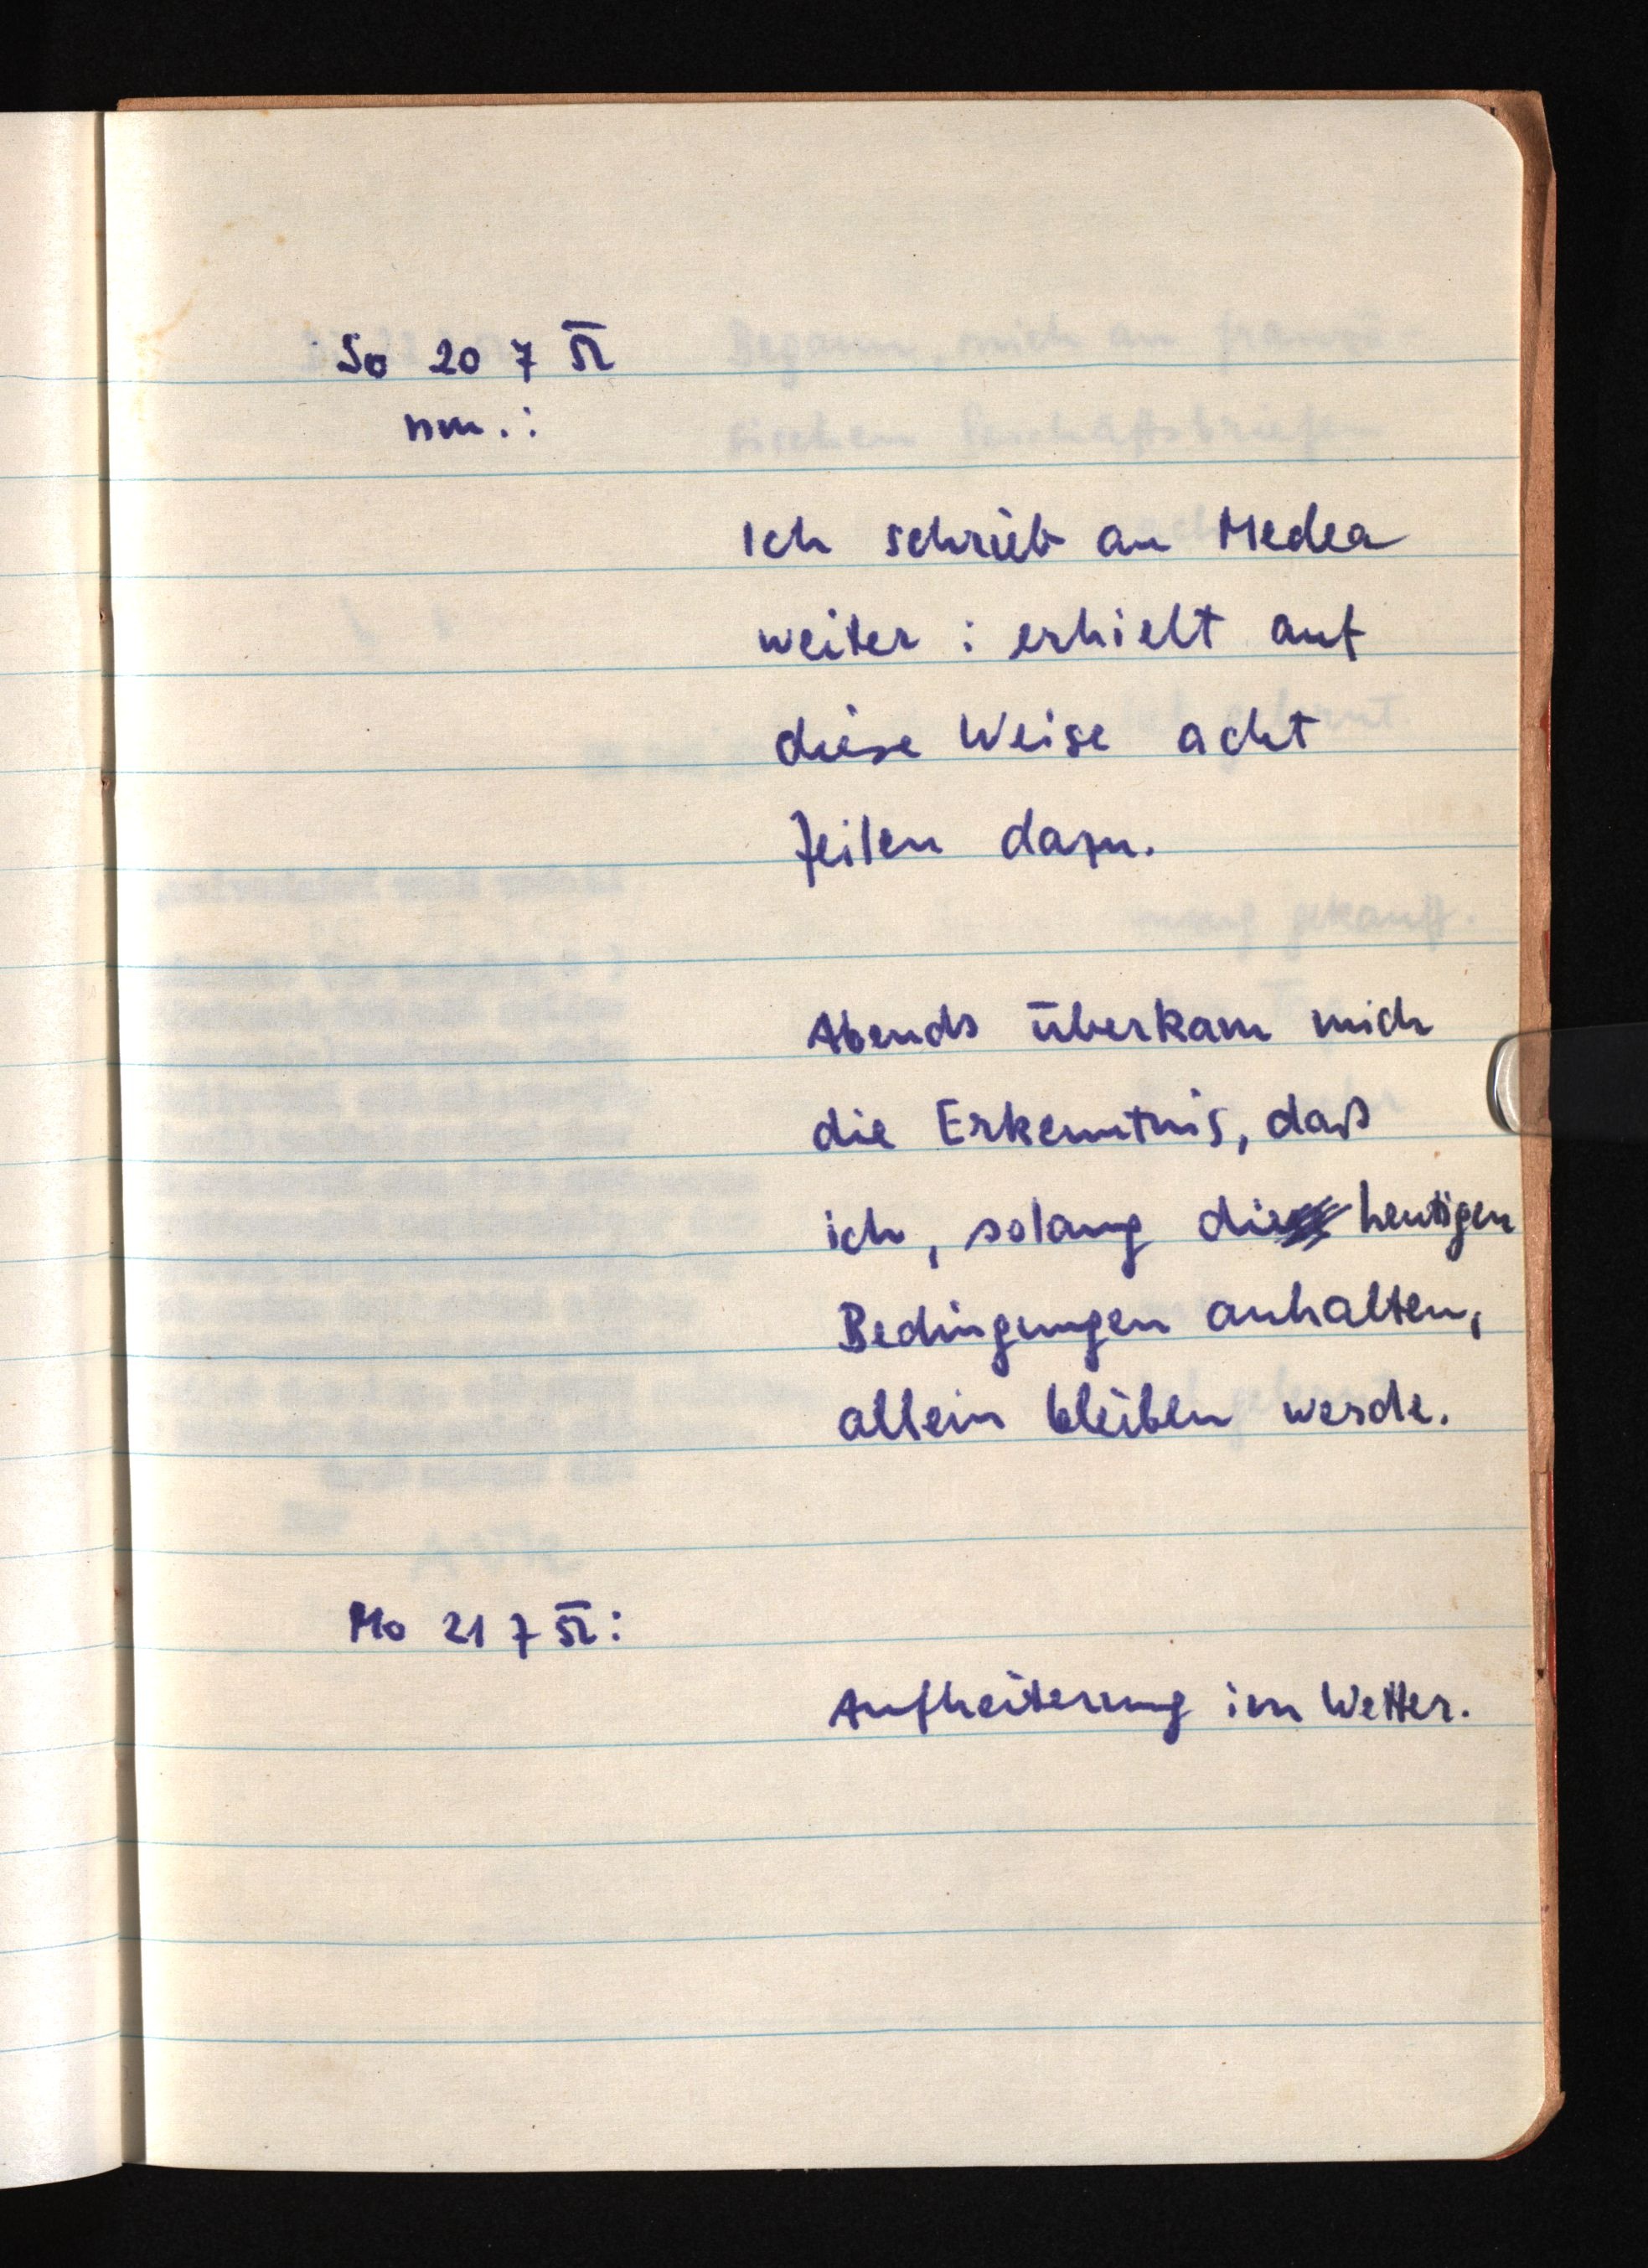
So 20 7 52
nm.:
Ich schrieb an Medea
weiter: erhielt auf
diese Weise acht
Zeilen dazu.
Abends überkam mich
die Erkenntnis, daß
ich, solang diese heutigen
Bedingungen anhalten,
allein bleiben werde.
Mo 21 7 52:
Aufheiterung im Wetter.